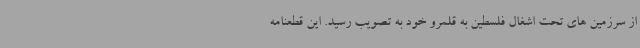
از سرزمین های تحت اشغال فلسطین به قلمرو خود به تصویب رسید. این قطعنامه